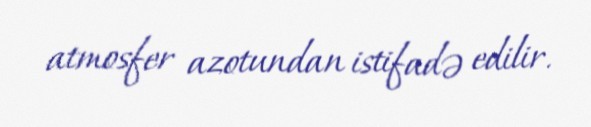
atmosfer azotundan istifadə edilir.